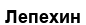
Лепехин